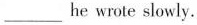
___he wrote slowly.